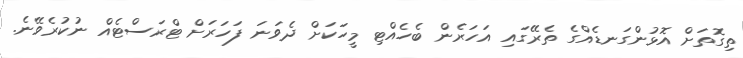
ތިގޮތަށް އޮޅުންގަނޑެއްގެ ތެރޭގައި އަހަރެން ބެހެއްޓި މީހަކަށް ދެވަނަ ފަހަރަށް ޓްރަސްޓެއް ނުކުރެވޭނެ.